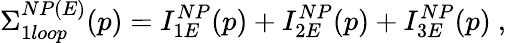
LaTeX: \Sigma_{1loop}^{NP(E)}(p)=I_{1E}^{NP}(p)+I_{2E}^{NP}(p)+I_{3E}^{NP}(p)~,